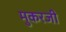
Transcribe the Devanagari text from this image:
मुकरजी